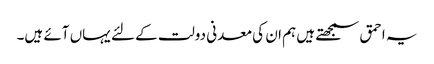
یہ احمق سمجھتے ہیں ہم ان کی معدنی دولت کے لئے یہاں آئے ہیں۔